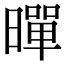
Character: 暺